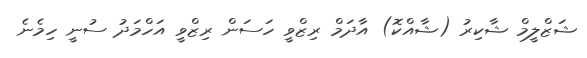
ޝަޒްލީމް ޝާކިރު (ޝާއްކޮ) އާދަމް ރިޒްވީ ހަސަން ރިޒްވީ އަހްމަދު ސުނީ ހިމެނެ